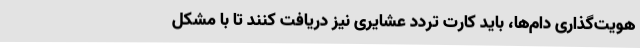
هویت‌گذاری دام‌ها، باید کارت تردد عشایری نیز دریافت کنند تا با مشکل